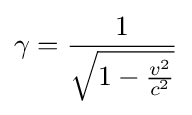
\gamma ={\frac {1}{\sqrt {1-{\frac {v^{2}}{c^{2}}}}}}